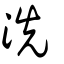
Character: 洗